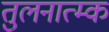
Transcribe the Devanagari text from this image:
तुलनात्म्क